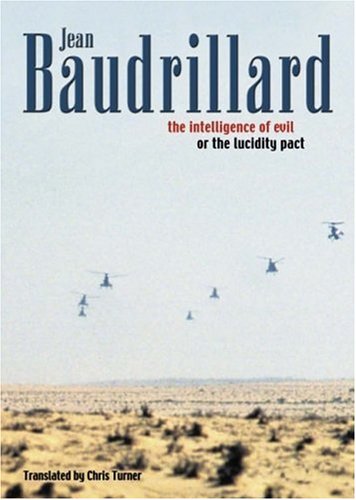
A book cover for The Intelligence of Evil or the Lucidity Pact (Talking Images); Jean Baudrillard; Politics & Social Sciences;